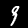
Digit: 9